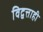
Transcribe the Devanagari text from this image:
विद्वत्ताही